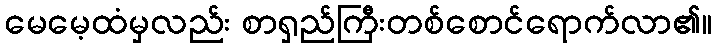
မေမေ့ထံမှလည်း စာရှည်ကြီးတစ်စောင်ရောက်လာ၏။